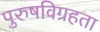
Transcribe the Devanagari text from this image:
पुरुषविग्रहता